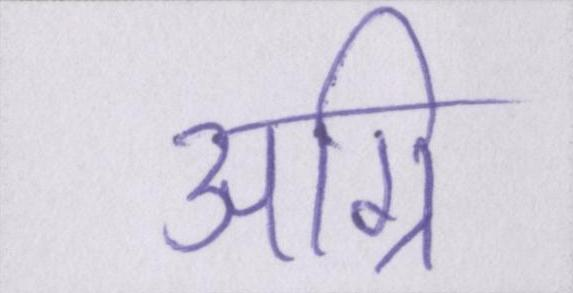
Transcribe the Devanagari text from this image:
अग्नि